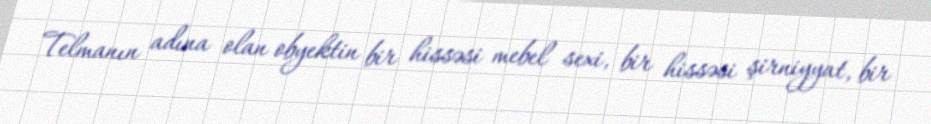
Telmanın adına olan obyektin bir hissəsi mebel sexi, bir hissəsi şirniyyat, bir